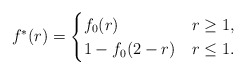
\begin{align*}f^*(r)=\begin{cases}f_0(r) & r\geq 1,\\1-f_0(2-r) & r\leq 1.\end{cases}\end{align*}